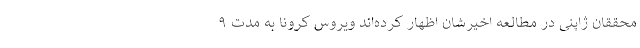
محققان ژاپنی در مطالعه اخیرشان اظهار کرده‌اند ویروس کرونا به مدت ۹